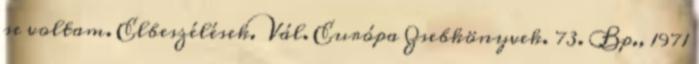
se voltam. Elbeszélések. Vál. Európa Zsebkönyvek. 73. Bp., 1971